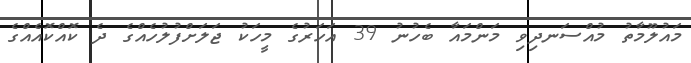
މައުލޫމާތު މުއްސަނދިވި މަންމައާ ބެހުނު 39 އަހަރުގެ މީހަކު ޖަލަށްފުލުހެއްގެ ދެ ކޮއްކޮއެއްގެ